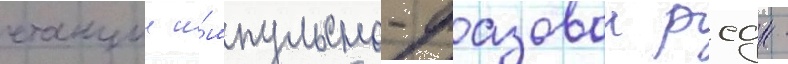
станции и́мпульсно-фазовои рсдн -